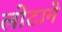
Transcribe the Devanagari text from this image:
लोटाने